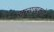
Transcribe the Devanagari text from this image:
सारावाकचे